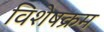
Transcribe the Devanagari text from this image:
विशेषक्रम